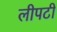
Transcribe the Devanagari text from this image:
लीपटी